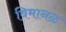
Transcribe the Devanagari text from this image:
विमानळ